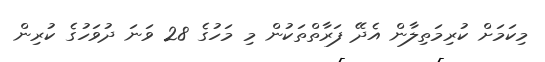
މިކަމަށް ކުރިމަތިލާން އެދޭ ފަރާތްތަކުން މި މަހުގެ 28 ވަނަ ދުވަހުގެ ކުރިން